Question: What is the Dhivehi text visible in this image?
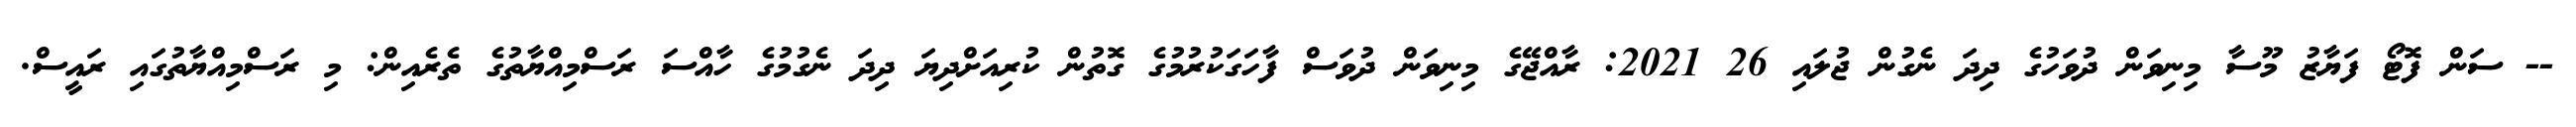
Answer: -- ސަން ފޮޓޯ ފަޔާޒު މޫސާ މިނިވަން ދުވަހުގެ ދިދަ ނެގުން ޖުލައި 26 2021: ރާއްޖޭގެ މިނިވަން ދުވަސް ފާހަގަކުރުމުގެ ގޮތުން ކުރިއަށްދިޔަ ދިދަ ނެގުމުގެ ހާއްސަ ރަސްމިއްޔާތުގެ ތެރެއިން: މި ރަސްމިއްޔާތުގައި ރައީސް.